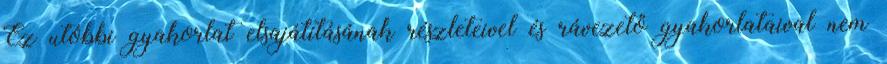
Ez utóbbi gyakorlat elsajátításának részleteivel és rávezető gyakorlataival nem